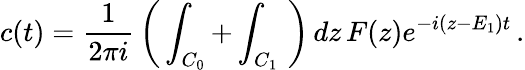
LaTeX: c(t)=\frac{1}{2\pi i}\, \left(\, \int_{C_{0}}+\int_{C_{1}}\, \, \right)\, dz\, F(z)e^{-i(z-E_{1})t}\, .